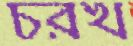
চরখ